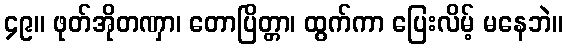
၄၉။ ဖုတ်အိုတဏှာ၊ တောပြိတ္တာ၊ ထွက်ကာ ပြေးလိမ့် မနေဘဲ။